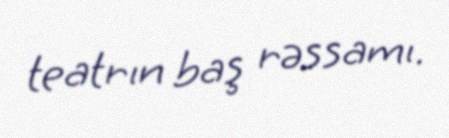
teatrın baş rəssamı.